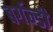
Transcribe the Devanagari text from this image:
बर्गन्डी